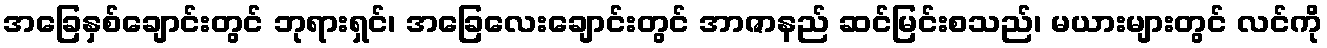
အခြေနှစ်ချောင်းတွင် ဘုရားရှင်၊ အခြေလေးချောင်းတွင် အာဇာနည် ဆင်မြင်းစသည်၊ မယားများတွင် လင်ကို